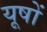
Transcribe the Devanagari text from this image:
यूषों